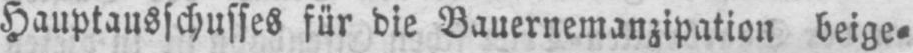
Hauptausschusses für die Bauernemanzipation beige⸗